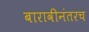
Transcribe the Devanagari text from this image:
बारावीनंतरच